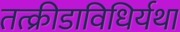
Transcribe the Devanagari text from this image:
तत्क्रीडाविधिर्यथा